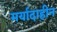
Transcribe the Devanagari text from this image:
मर्यादाहीन